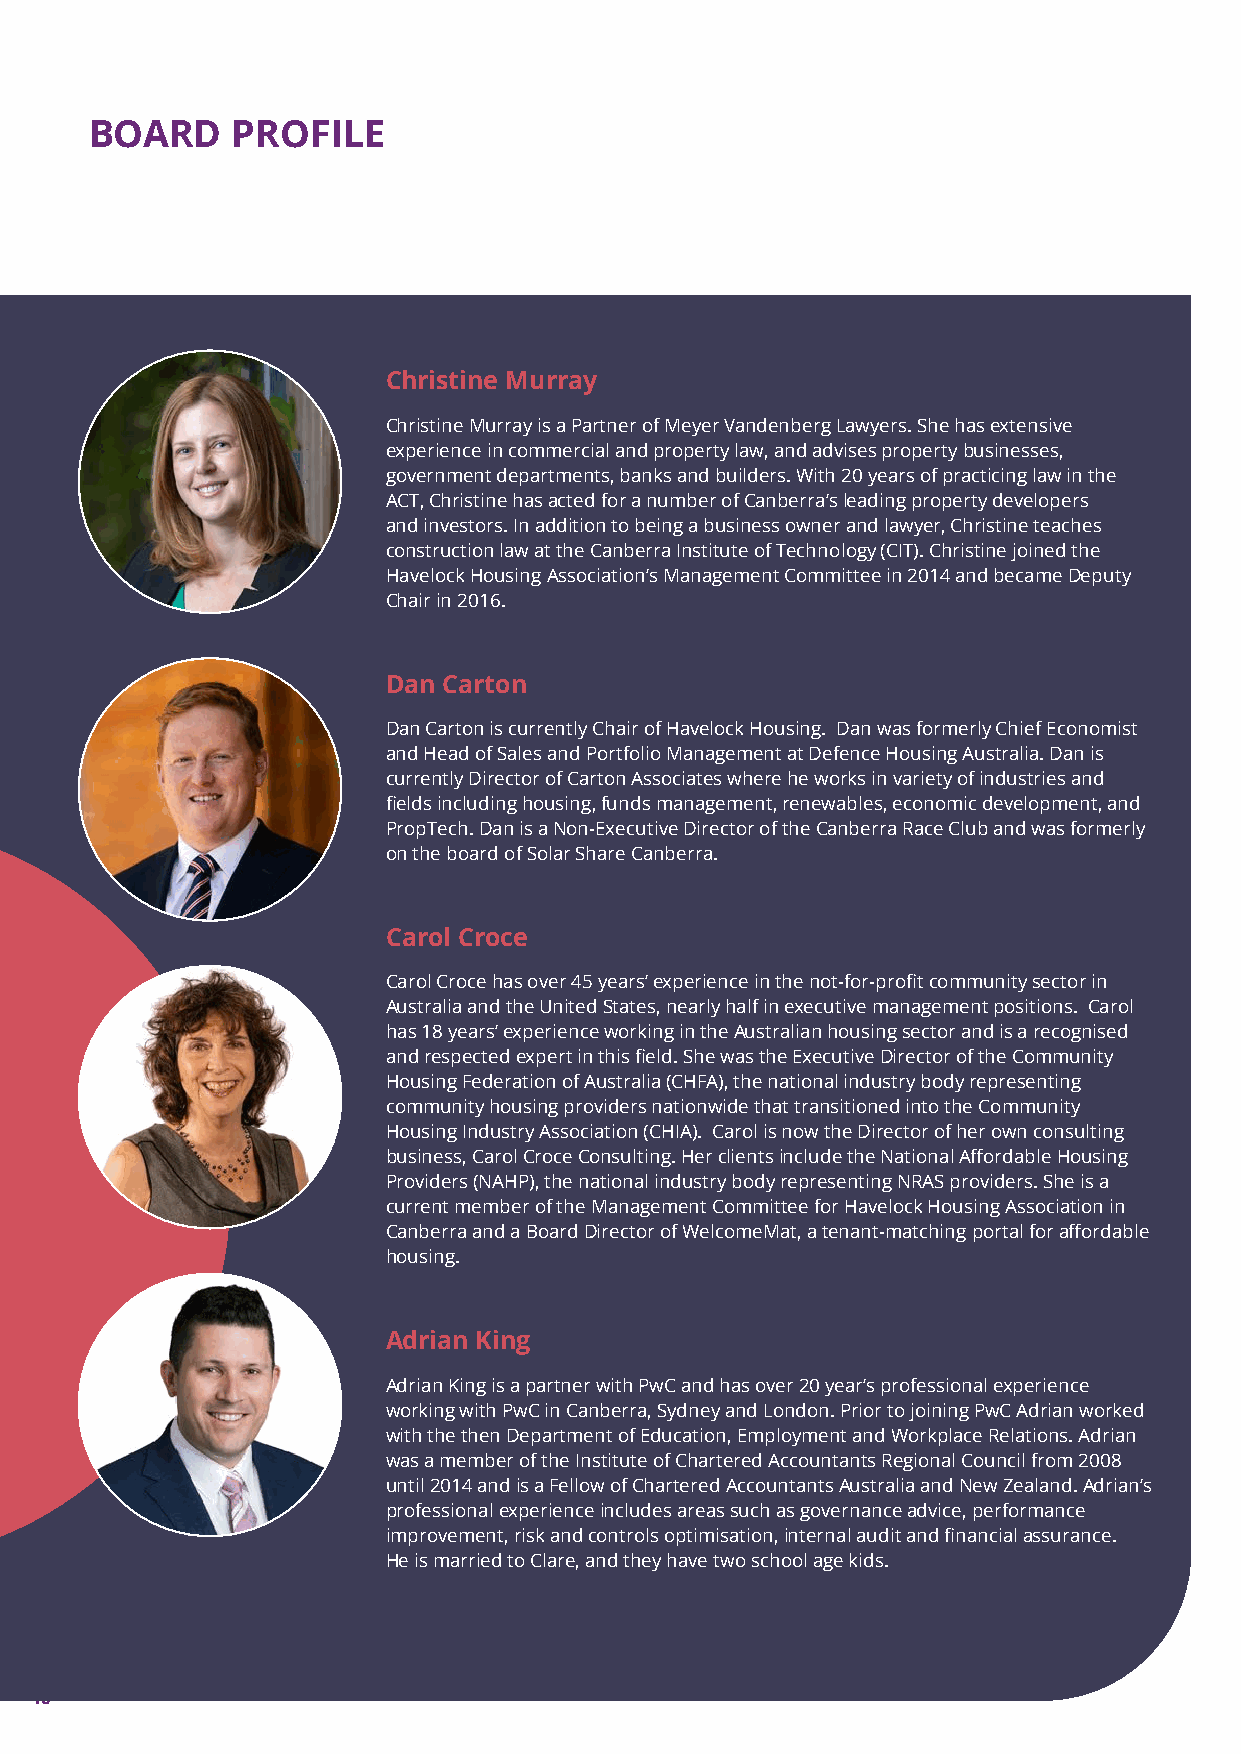
BOARD    PROFILE
 Christine Murray
 Christine Murray is a Partner of Meyer Vandenberg Lawyers. She has extensive
 experience in commercial and property law, and advises property businesses,
 government departments, banks and builders. With 20 years of practicing law in the
 ACT, Christine has acted for a number of Canberra’s leading property developers
 and investors. In addition to being a business owner and lawyer, Christine teaches
 construction law at the Canberra Institute of Technology (CIT). Christine joined the
 Havelock Housing Association’s Management Committee in 2014 and became Deputy
 Chair in 2016.
 Dan Carton
 Dan Carton is currently Chair of Havelock Housing. Dan was formerly Chief Economist
 and Head of Sales and Portfolio Management at Defence Housing Australia. Dan is
 currently Director of Carton Associates where he works in variety of industries and
 fields including housing, funds management, renewables, economic development, and
 PropTech. Dan is a Non-Executive Director of the Canberra Race Club and was formerly
 on the board of Solar Share Canberra.
 Carol Croce
 Carol Croce has over 45 years’ experience in the not-for-profit community sector in
 Australia and the United States, nearly half in executive management positions. Carol
 has 18 years’ experience working in the Australian housing sector and is a recognised
 and respected expert in this field. She was the Executive Director of the Community
 Housing Federation of Australia (CHFA), the national industry body representing
 community housing providers nationwide that transitioned into the Community
 Housing Industry Association (CHIA). Carol is now the Director of her own consulting
 business, Carol Croce Consulting. Her clients include the National Affordable Housing
 Providers (NAHP), the national industry body representing NRAS providers. She is a
 current member of the Management Committee for Havelock Housing Association in
 Canberra and a Board Director of WelcomeMat, a tenant-matching portal for affordable
 housing.
 Adrian King
 Adrian King is a partner with PwC and has over 20 year’s professional experience
 working with PwC in Canberra, Sydney and London. Prior to joining PwC Adrian worked
 with the then Department of Education, Employment and Workplace Relations. Adrian
 was a member of the Institute of Chartered Accountants Regional Council from 2008
 until 2014 and is a Fellow of Chartered Accountants Australia and New Zealand. Adrian’s
 professional experience includes areas such as governance advice, performance
 improvement, risk and controls optimisation, internal audit and financial assurance.
 He is married to Clare, and they have two school age kids.
 16